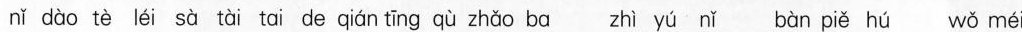
nǐ dào tè léi sà tài tai de qián tīng qù zhǎo ba zhì yú nǐ bàn piě hú wǒ méi